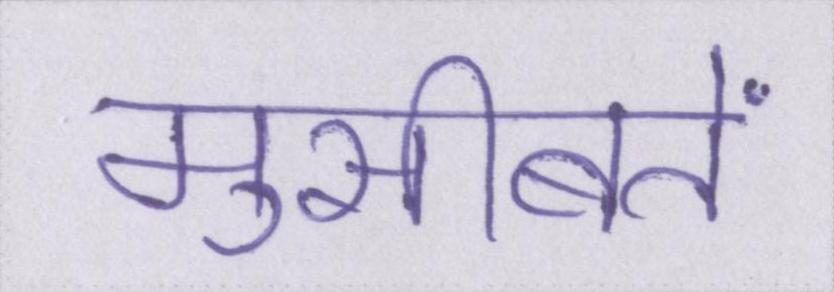
मुसीबतें